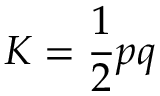
K = { \frac { 1 } { 2 } } p q